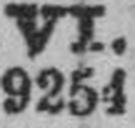
9254